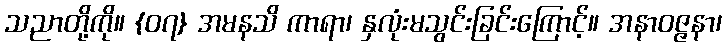
သညာတို့ကို။ {၀၇} အမနသိ ကာရာ၊ နှလုံးမသွင်းခြင်းကြောင့်။ အနာဝဇ္ဇနာ၊